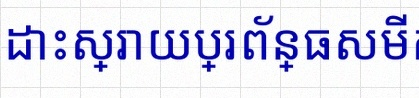
ដោះស្រាយប្រព័ន្ធសមីការ